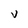
Character: V